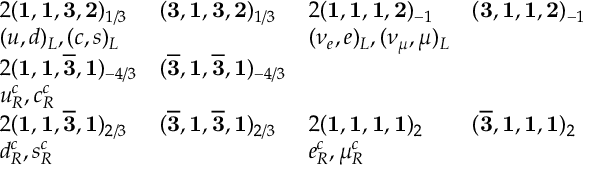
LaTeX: \begin{array} { l l l l } { { 2 ( { \bf 1 } , { \bf 1 } , { \bf 3 } , { \bf 2 } ) _ { 1 / 3 } } } & { { ( { \bf 3 } , { \bf 1 } , { \bf 3 } , { \bf 2 } ) _ { 1 / 3 } } } & { { 2 ( { \bf 1 } , { \bf 1 } , { \bf 1 } , { \bf 2 } ) _ { - 1 } } } & { { ( { \bf 3 } , { \bf 1 } , { \bf 1 } , { \bf 2 } ) _ { - 1 } } } \\ { { ( u , d ) _ { L } , ( c , s ) _ { L } } } & { { } } & { { ( \nu _ { e } , e ) _ { L } , ( \nu _ { \mu } , \mu ) _ { L } } } & { { } } \\ { { 2 ( { \bf 1 } , { \bf 1 } , { \bf \overline { { { 3 } } } } , { \bf 1 } ) _ { - 4 / 3 } } } & { { ( { \bf \overline { { { 3 } } } } , { \bf 1 } , { \bf \overline { { { 3 } } } } , { \bf 1 } ) _ { - 4 / 3 } } } & { { } } \\ { { u _ { R } ^ { c } , c _ { R } ^ { c } } } & { { } } & { { } } & { { } } \\ { { 2 ( { \bf 1 } , { \bf 1 } , { \bf \overline { { { 3 } } } } , { \bf 1 } ) _ { 2 / 3 } } } & { { ( { \bf \overline { { { 3 } } } } , { \bf 1 } , { \bf \overline { { { 3 } } } } , { \bf 1 } ) _ { 2 / 3 } } } & { { 2 ( { \bf 1 } , { \bf 1 } , { \bf 1 } , { \bf 1 } ) _ { 2 } } } & { { ( { \bf \overline { { { 3 } } } } , { \bf 1 } , { \bf 1 } , { \bf 1 } ) _ { 2 } } } \\ { { d _ { R } ^ { c } , s _ { R } ^ { c } } } & { { } } & { { e _ { R } ^ { c } , \mu _ { R } ^ { c } } } & { { } } \end{array}